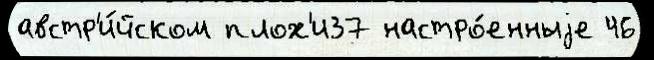
австр'и́йском плох'и37 настро́енныjе 46